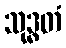
သုဒ္ဓတံ